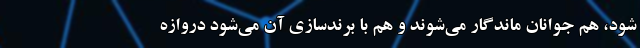
شود، هم جوانان ماندگار می‌شوند و هم با برندسازی آن می‌شود دروازه